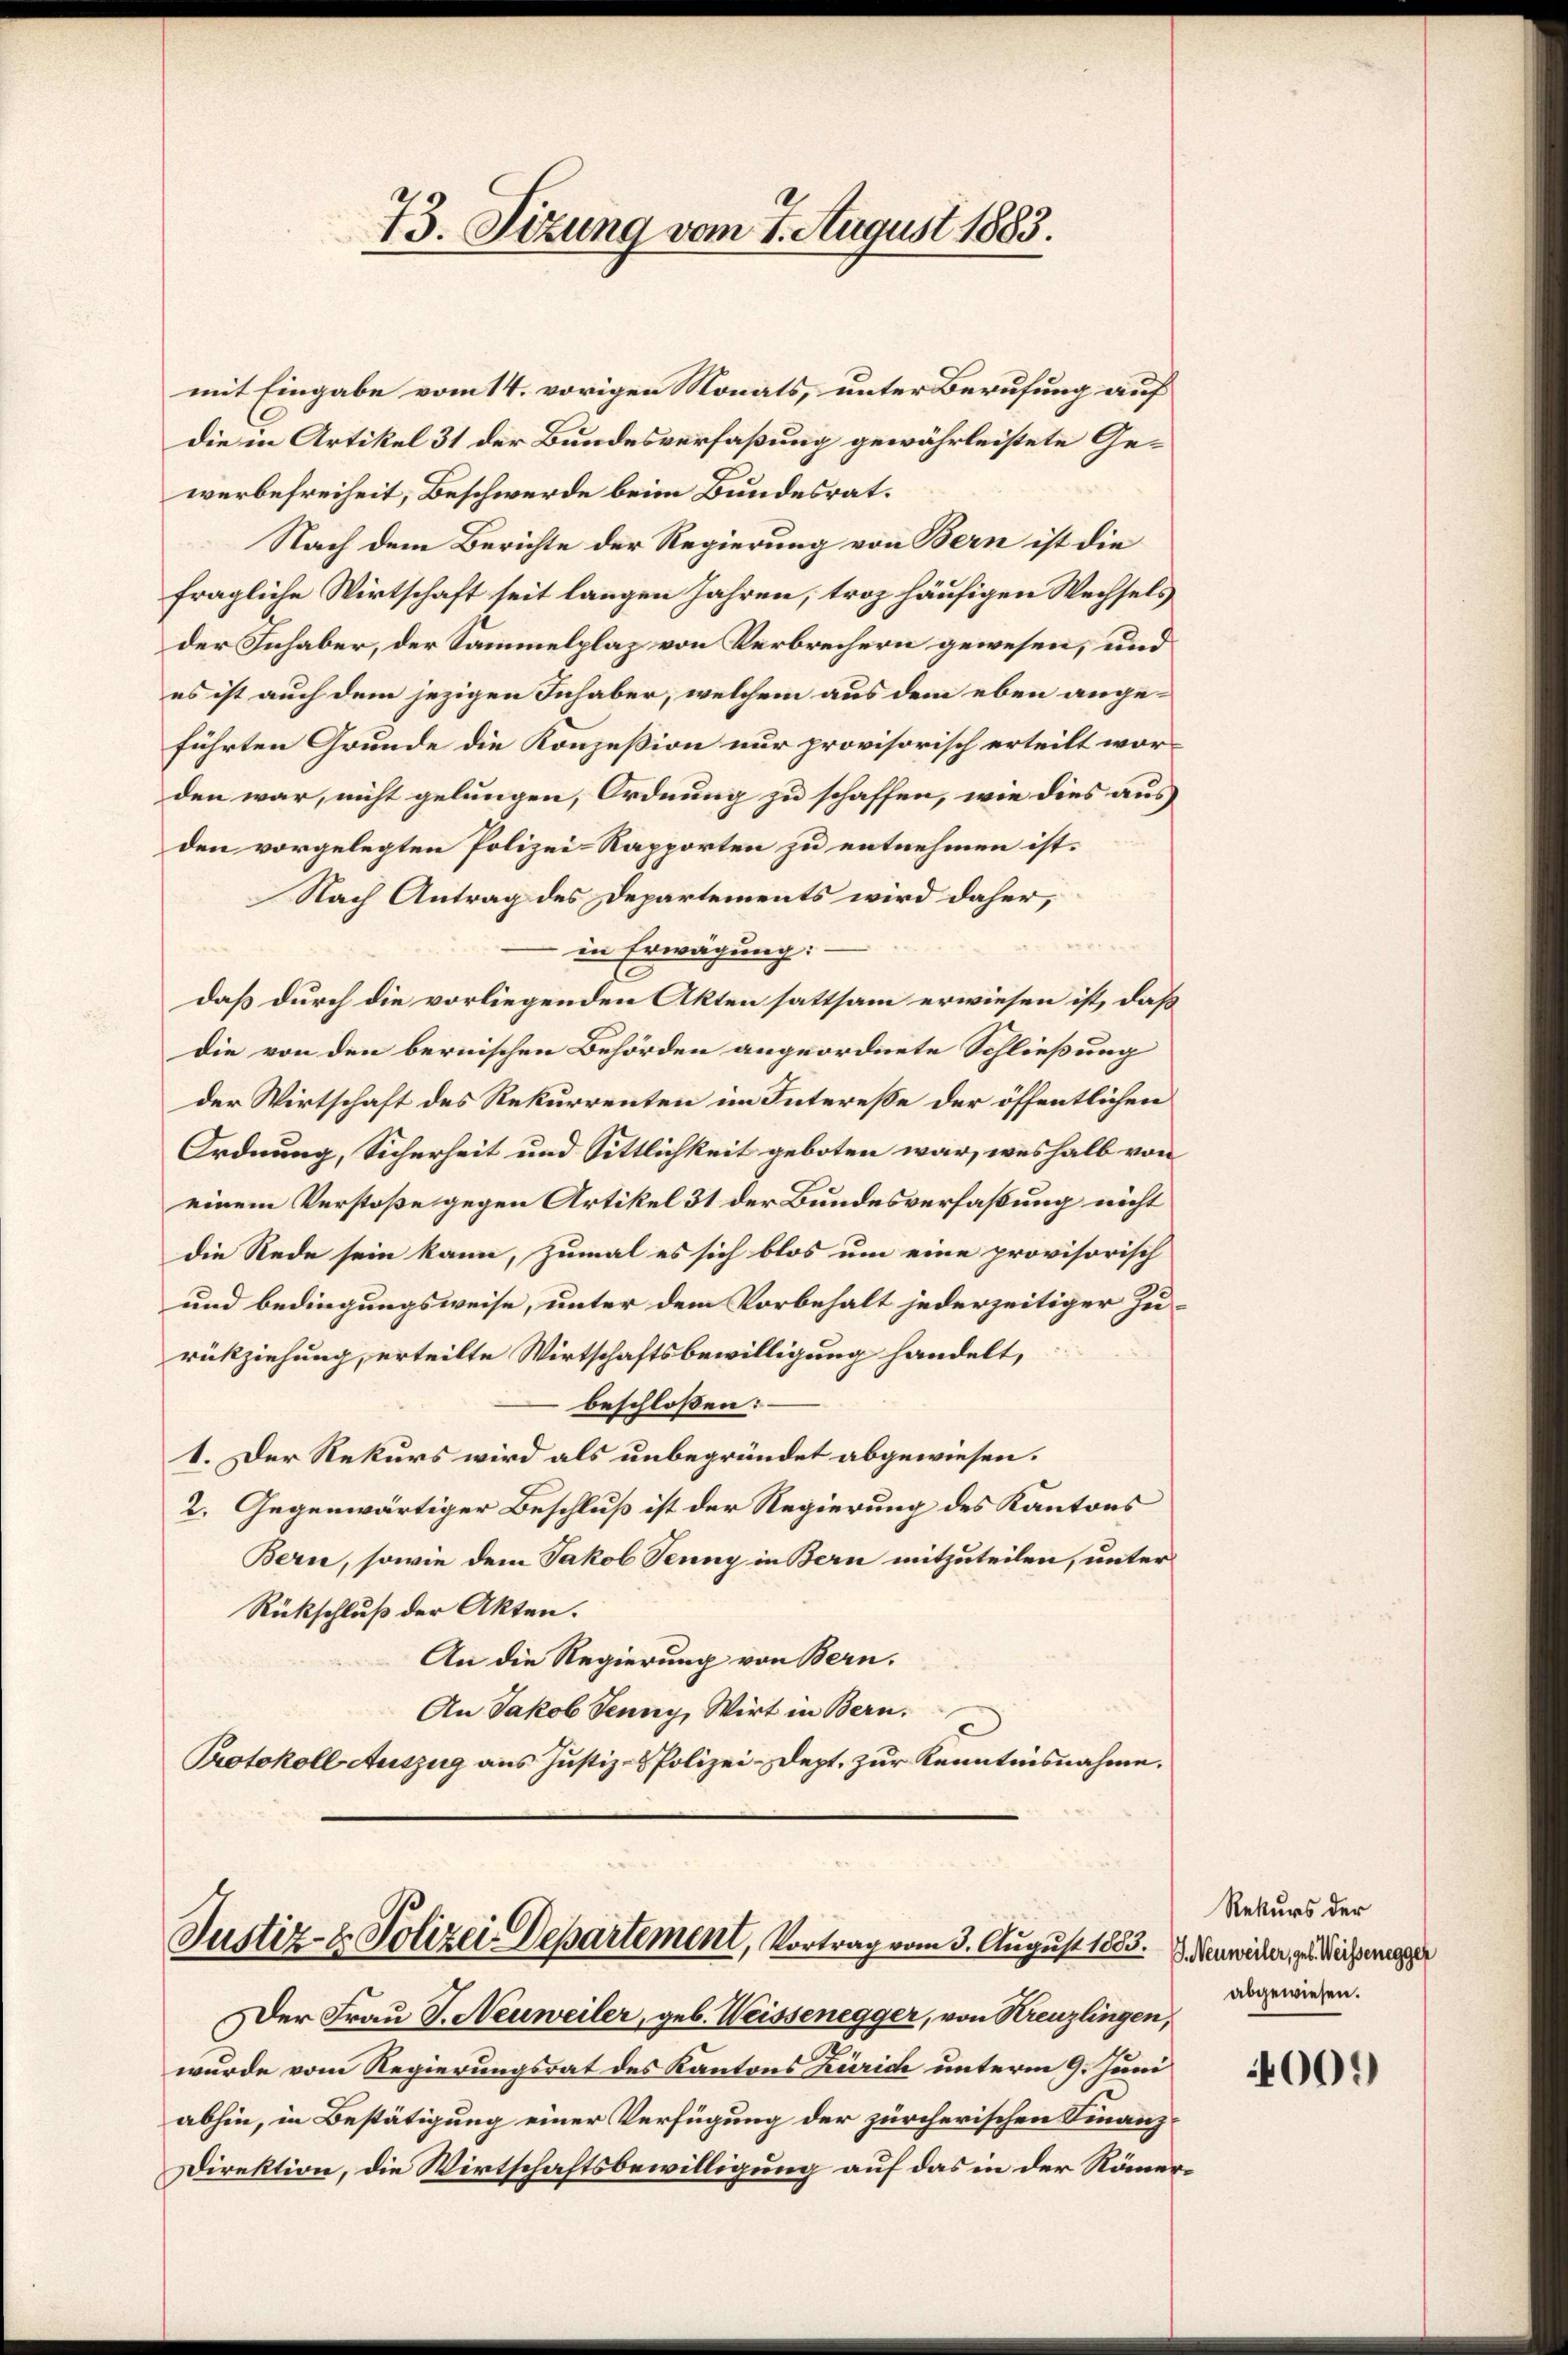
73. Sizung vom 7. August 1883.

mit Eingabe vom 14. vorigen Monats, unter Berufung auf
die in Artikel 31 der Bundesverfaßung gewährleistete Gewerbefreiheit, Beschwerde beim Bundesrat¬
Nach dem Berichte der Regierung von Bern ist die
fragliche Wirtschaft seit langen Jahren, troz häufigen Wechsels
der Inhaber, der Sammelplaz von Verbrechern gewesen, und
es ist auch dem jezigen Inhaber, welchem aus dem eben ange-
führten Grunde die Konzession nur provisorisch erteilt worden war, nicht gelungen, Ordnung zu schaffen, wie dies aus
den vorgelegten Polizei-Rapporten zu entnehmen ist.
Nach Antrag des Departements wird daher,
in Erwägung:
daß durch die vorliegenden Akten sattsam erwiesen ist, daß
die von den bernischen Behörden angeordnete Schließung
der Wirtschaft des Rekurrenten im Intereße der öffentlichen
Ordnung, Sicherheit und Sittlichkeit geboten war, weshalb von
einem Verstoße gegen Artikel 31 der Bundesverfaßung nicht
die Rede sein kann, zumal es sich blos um eine provisorisch
und bedingungsweise, unter dem Vorbehalt jederzeitiger Zurückziehung, erteilte Wirtschaftsbewilligung handelt,
beschlossen:
1. Der Rekurs wird als unbegründet abgewiesen.
2. Gegenwärtiger Beschluß ist der Regierung des Kantons
Bern, sowie dem Jakob Jenny in Bern mitzuteilen, unter
Rückschluß der Akten.
An die Regierung von Bern.
An Jakob Jenny, Wirt in Bern.
Protokoll Auszug aus Justiz- & Polizei-Dept. zur Kenntnisnahme.

Justiz- & Polizei-Departement, Vortrag vom 3. August 1883.

Der Frau T. Neuweiler, geb. Weissenegger, von Kreuzlingen,
wurde vom Regierungsrat des Kantons Zürich unterm 9. Juni
abhin, in Bestätigung einer Verfügung der zürcherischen Finanz¬
Direktion, die Wirtschaftsbewilligung auf das in der Römer¬

Rekurs der
G. Neuweiler, geb. Weissenegger
abgewiesen.

009